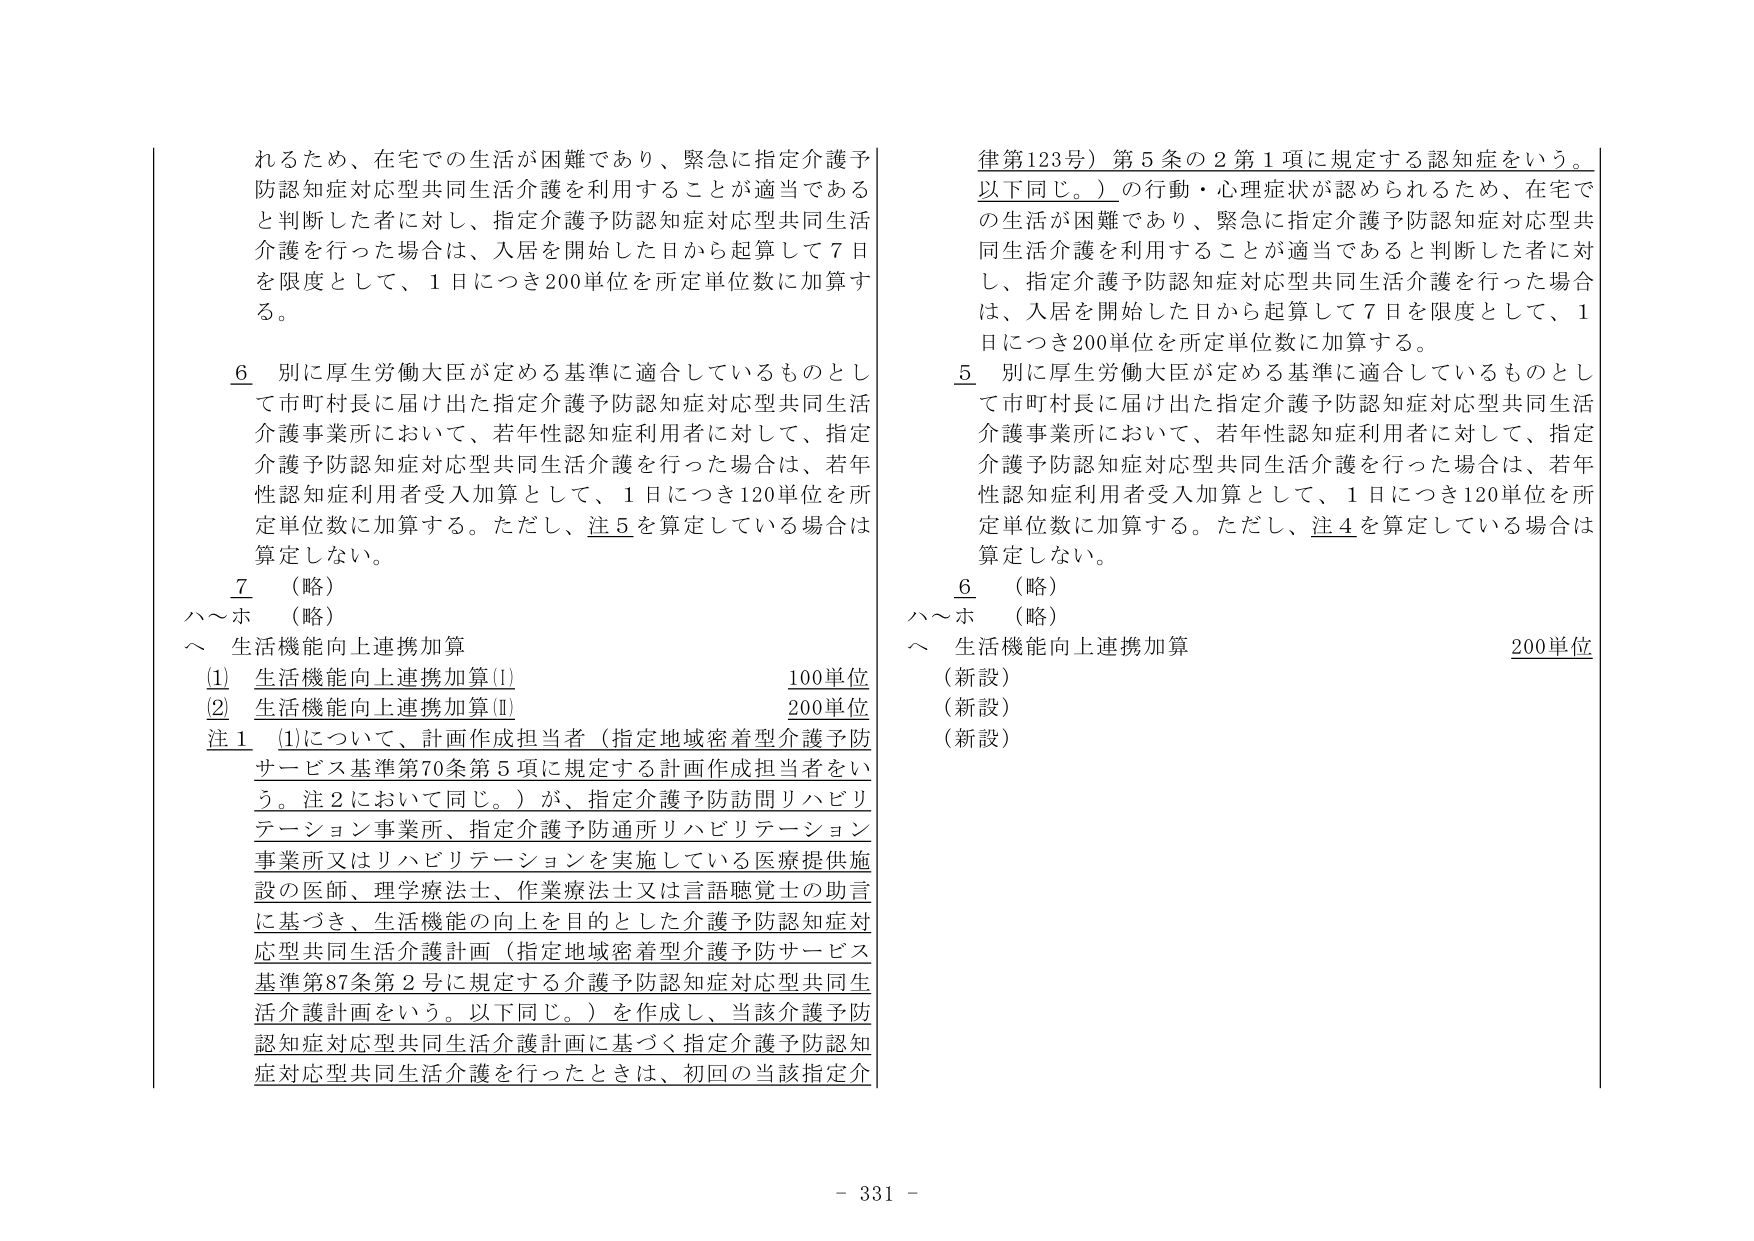
れるため、在宅での生活が困難であり、緊急に指定介護予防認知症対応型共同生活介護を利用することが適当であると判断した者に対し、指定介護予防認知症対応型共同生活介護を行った場合は、入居を開始した日から起算して７日を限度として、１日につき200単位を所定単位数に加算する。

６ 別に厚生労働大臣が定める基準に適合しているものとして市町村長に届け出た指定介護予防認知症対応型共同生活介護事業所において、若年性認知症利用者に対して、指定介護予防認知症対応型共同生活介護を行った場合は、若年性認知症利用者受入加算として、１日につき120単位を所定単位数に加算する。ただし、注５を算定している場合は算定しない。

７ （略）
ハ～ホ （略）
ヘ 生活機能向上連携加算
　① 生活機能向上連携加算①　　　　　　　　　　　　100単位
　② 生活機能向上連携加算②　　　　　　　　　　　　200単位
注１ ①について、計画作成担当者（指定地域密着型介護予防サービス基準第70条第５項に規定する計画作成担当者をいう。注２において同じ。）が、指定介護予防訪問リハビリテーション事業所、指定介護予防通所リハビリテーション事業所又はリハビリテーションを実施している医療提供施設の医師、理学療法士、作業療法士又は言語聴覚士の助言に基づき、生活機能の向上を目的とした介護予防認知症対応型共同生活介護計画（指定地域密着型介護予防サービス基準第87条第２号に規定する介護予防認知症対応型共同生活介護計画をいう。以下同じ。）を作成し、当該介護予防認知症対応型共同生活介護計画に基づく指定介護予防認知症対応型共同生活介護を行ったときは、初回の当該指定介

律第123号）第５条の２第１項に規定する認知症をいう。以下同じ。）の行動・心理症状が認められるため、在宅での生活が困難であり、緊急に指定介護予防認知症対応型共同生活介護を利用することが適当であると判断した者に対し、指定介護予防認知症対応型共同生活介護を行った場合は、入居を開始した日から起算して７日を限度として、１日につき200単位を所定単位数に加算する。

５ 別に厚生労働大臣が定める基準に適合しているものとして市町村長に届け出た指定介護予防認知症対応型共同生活介護事業所において、若年性認知症利用者に対して、指定介護予防認知症対応型共同生活介護を行った場合は、若年性認知症利用者受入加算として、１日につき120単位を所定単位数に加算する。ただし、注４を算定している場合は算定しない。

６ （略）
ハ～ホ （略）
ヘ 生活機能向上連携加算　　　　　　　　　　　　　　200単位
　（新設）
　（新設）
　（新設）

- 331 -